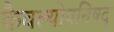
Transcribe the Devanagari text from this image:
कैवल्योपनिषद्